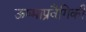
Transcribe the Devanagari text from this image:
ऊष्माप्रवैगिकी